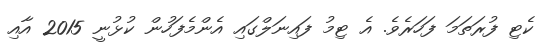
ކެޓި ފުރަތަމަ ފަހަރެވެ. އެ ޓިމު ފައިނަލްގައި އެންމެފަހުން ކުޅުނީ 2015 އާއި